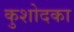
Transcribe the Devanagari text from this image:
कुशोदका